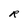
Character: R